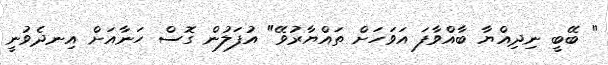
" ބޭބީ ނިދިއްޔާ ބާއްވާފަ އަވަހަށް ތައްޔާރުވޭ" އުފަލުން ގޮސް ހަނާއަށް އިނދެވުނީ